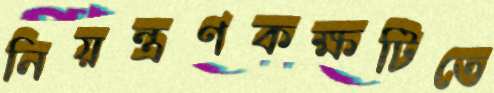
নিয়ন্ত্রণকক্ষটিতে